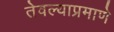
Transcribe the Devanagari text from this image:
तेवल्याप्रमाणे